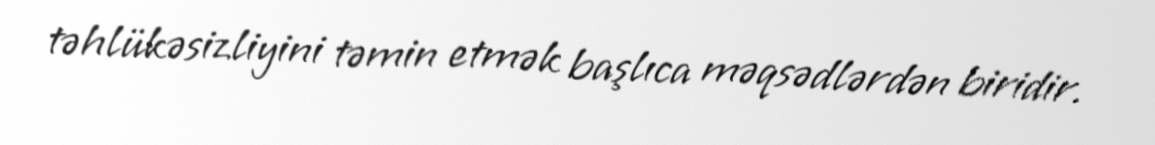
təhlükəsizliyini təmin etmək başlıca məqsədlərdən biridir.